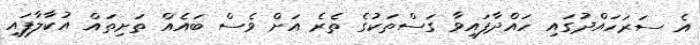
އެ ސަރަހައްދުގައި ހައްދާފައިވާ ގަސްތަކުގެ ތެރެ އަށް ވެސް ބައެއް ތަށިތައް އުކާލާފައި